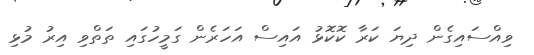
ވިއްސައިގެން ދިޔަ ކަރާ ކޮކޮޅު އައިސް އަހަރެން ގަމީހުގައި ތަތްވި އިރު މުޅި